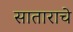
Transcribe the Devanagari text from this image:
साताराचे